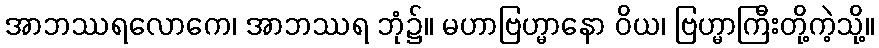
အာဘဿရလောကေ၊ အာဘဿရ ဘုံ၌။ မဟာဗြဟ္မာနော ဝိယ၊ ဗြဟ္မာကြီးတို့ကဲ့သို့။